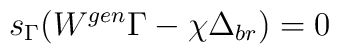
s_{\Gamma} ( W^{gen} \Gamma - \chi \Delta_{br} ) = 0